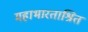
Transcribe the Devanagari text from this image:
महाभारताश्रित